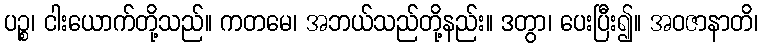
ပဉ္စ၊ ငါးယောက်တို့သည်။ ကတမေ၊ အဘယ်သည်တို့နည်း။ ဒတွာ၊ ပေးပြီး၍။ အဝဇာနာတိ၊